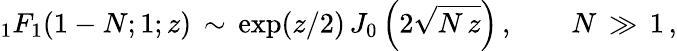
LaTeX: \begin{array}{l}{\displaystyle{}_{1}F_{1}(1-N;1;z)\, \sim\, \exp(z/2)\, J_{0}\left(2\sqrt{N\, z}\right)\, ,\qquad N\, \gg\, 1\, ,}\end{array}